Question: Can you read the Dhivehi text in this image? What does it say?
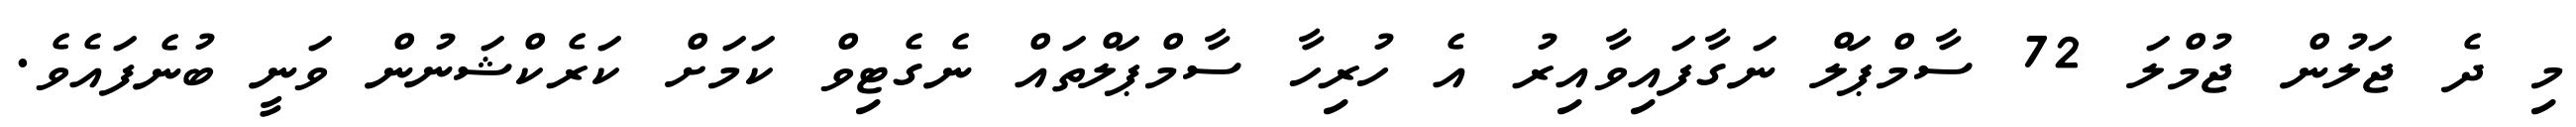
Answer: މި ދެ ޖަލުން ޖުމްލަ 72 ސާމްޕަލް ނަގާފައިވާއިރު އެ ހުރިހާ ސާމްޕަލްތައް ނެގެޓިވް ކަމަށް ކަރެކްޝަނުން ވަނީ ބުނެފައެވެ.